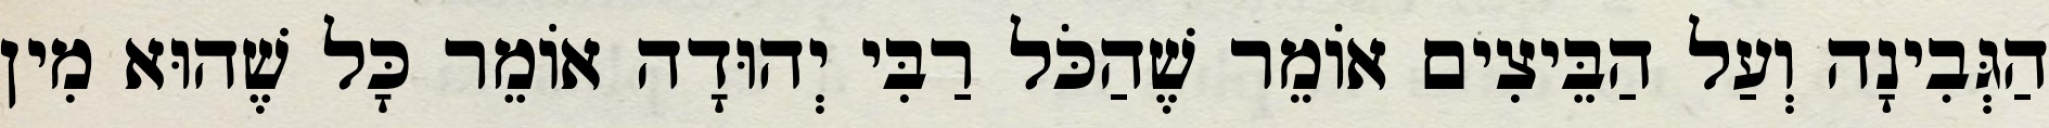
הַגְּבִינָה וְעַל הַבֵּיצִים אוֹמֵר שֶׁהַכֹּל רַבִּי יְהוּדָה אוֹמֵר כָּל שֶׁהוּא מִין